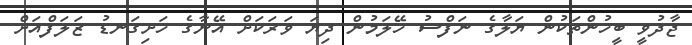
ޖާދުވީ ބީހުންތަކުން ޔަލާގެ ނަފްސު ހޭލަމުން ދިޔަ ވަރަކަށް އޭނާގެ ހަށިގަނޑު ޒަލަފްއަށް